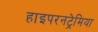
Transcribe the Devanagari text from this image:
हाइपरनट्रेमिया